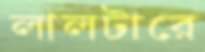
লালটারে